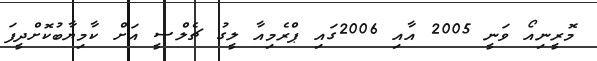
މޮރީނިއޯ ވަނީ 2005 އާއި 2006ގައި ޕްރެމިއާ ލީގު ޗެލްސީ އަށް ކާމިޔާބުކޮށްދީފަ